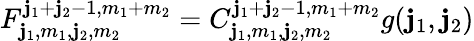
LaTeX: F_{\mathbf{j}_{1},m_{1},\mathbf{j}_{2},m_{2}}^{\mathbf{j}_{1}+\mathbf{j}_{2}-1,m_{1}+m_{2}}=C_{\mathbf{j}_{1},m_{1},\mathbf{j}_{2},m_{2}}^{\mathbf{j}_{1}+\mathbf{j}_{2}-1,m_{1}+m_{2}}g(\mathbf{j}_{1},\mathbf{j}_{2})